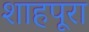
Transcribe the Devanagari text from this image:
शाहपूरा